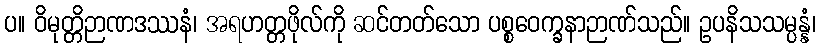
ပ။ ဝိမုတ္တိဉာဏဒဿနံ၊ အရဟတ္တဖိုလ်ကို ဆင်တတ်သော ပစ္စဝေက္ခနာဉာဏ်သည်။ ဥပနိသသမ္ပန္နံ၊